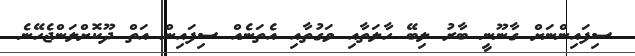
ސިފައިންނަށް ގާނޫނީ ބާރު ލިބޭ ހާލަތާއި ވަގުތާއި އެތަނެއް ސިފައިން އަތް ދޫކޮށްލަންޖެހޭނެ